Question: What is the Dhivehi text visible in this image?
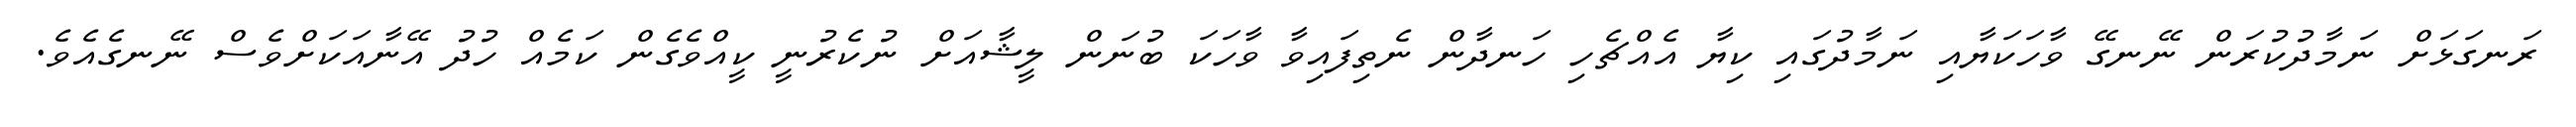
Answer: ރަނގަޅަށް ނަމާދުކުރަން ނޭނގޭ ވާހަކަޔާއި ނަމާދުގައި ކިޔާ އެއްޗެހި ހަނދާން ނެތިފައިވާ ވާހަކަ ބުނަން ލީޝާއަށް ނުކެރުނީ ކީއްވެގެން ކަމެއް ހުދު އޭނާއަކަށްވެސް ނޭނގެއެވެ.